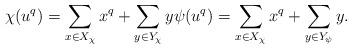
LaTeX: \begin{align*} \chi(u^q) = \sum_{x \in X_\chi} x^q + \sum_{y \in Y_\chi} y \psi(u^q) = \sum_{x \in X_\chi} x^q + \sum_{y \in Y_\psi} y. \end{align*}